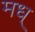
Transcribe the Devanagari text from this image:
मध्